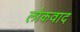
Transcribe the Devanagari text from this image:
लोकवाद